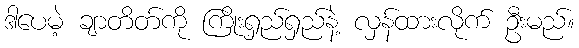
ဒါပေမဲ့ ချာတိတ်ကို ကြိုးရှည်ရှည်နဲ့ လှန်ထားလိုက် ဦးမည်။